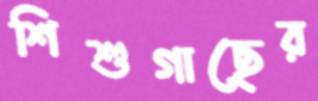
শিশুগাছের